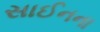
સાઈનના